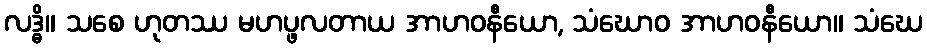
လဒ္ဓိ။ သစေ ဟုတဿ မဟပ္ဖလတာယ အာဟဝနီယော, သံဃောဝ အာဟဝနီယော။ သံဃေ